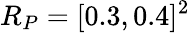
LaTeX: R_{P}=[0.3,0.4]^{2}